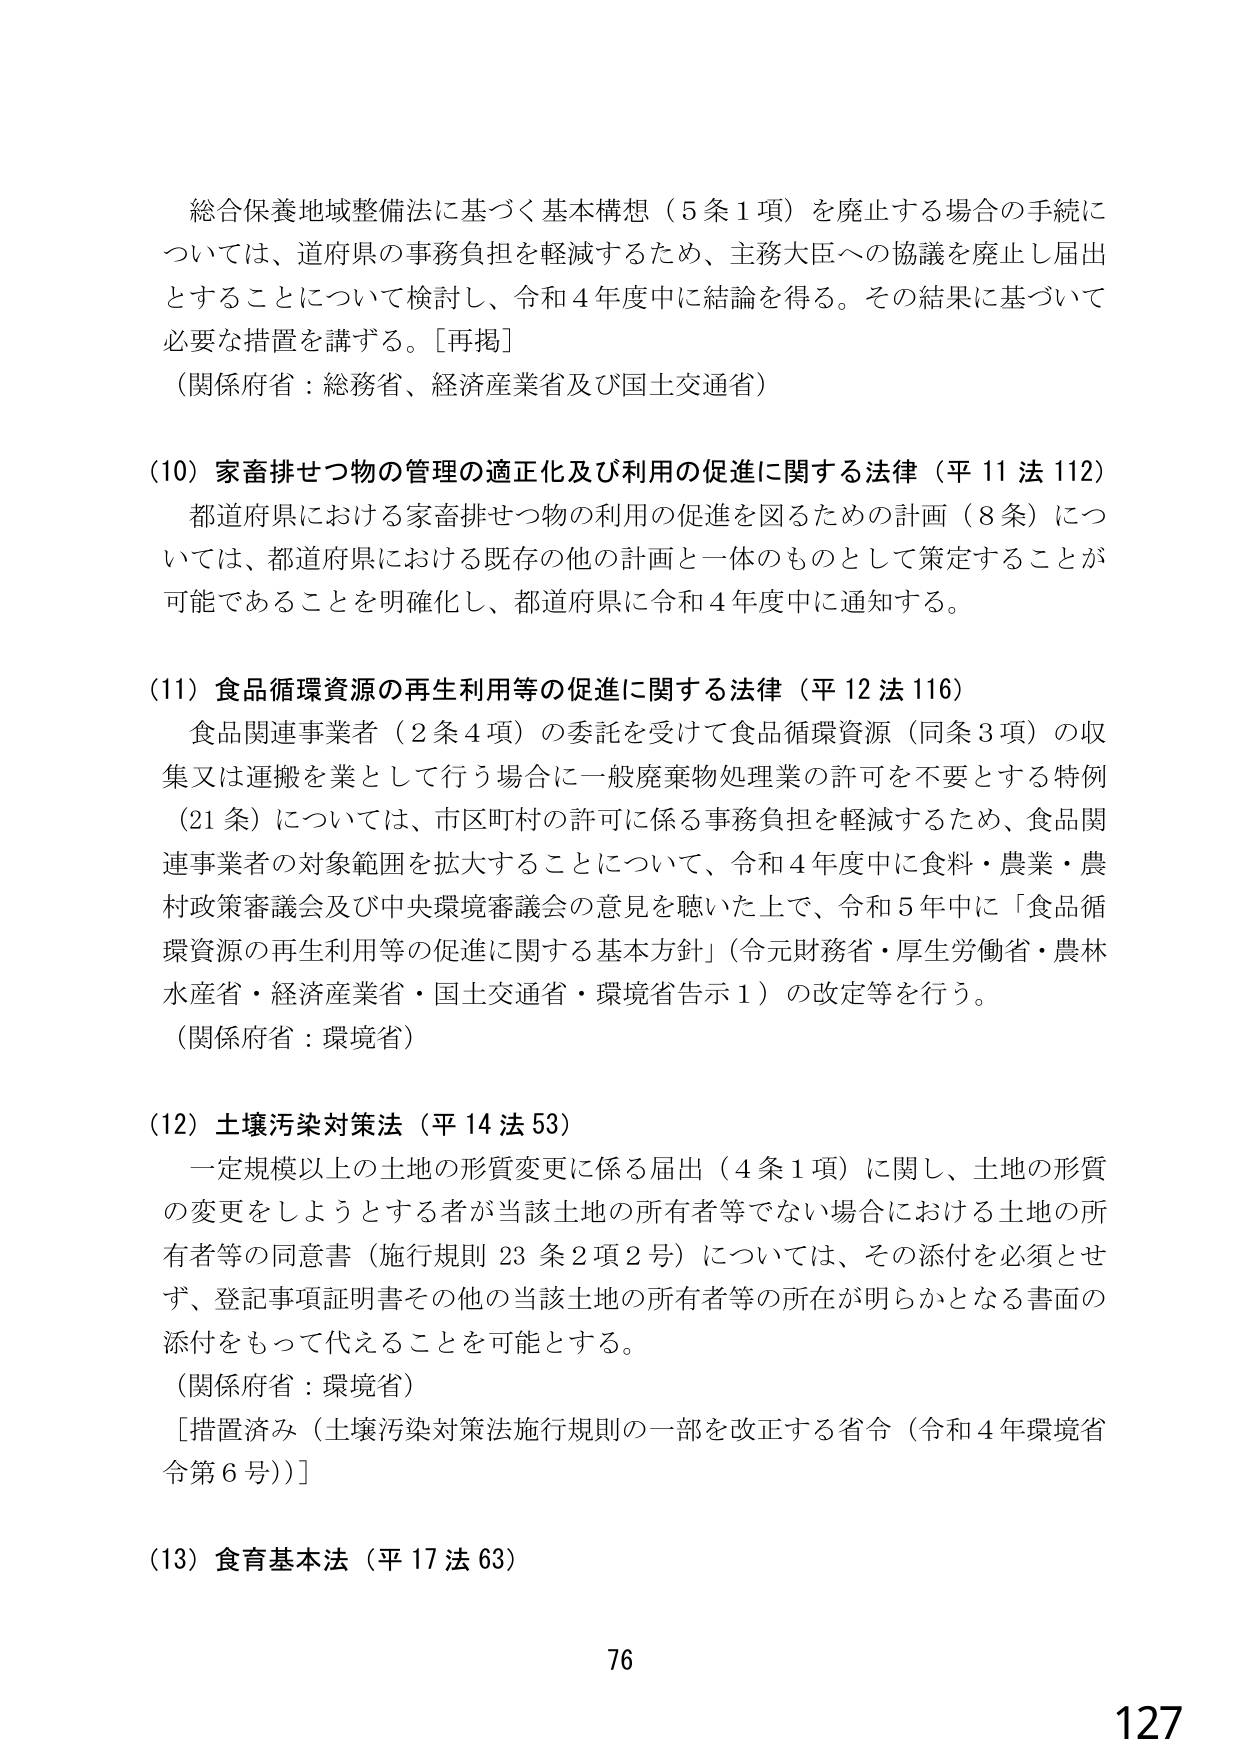
総合保養地域整備法に基づく基本構想（5条1項）を廃止する場合の手続については、道府県の事務負担を軽減するため、主務大臣への協議を廃止し届出とすることについて検討し、令和4年度中に結論を得る。その結果に基づいて必要な措置を講ずる。［再掲］
（関係府省：総務省、経済産業省及び国土交通省）

(10) 家畜排せつ物の管理の適正化及び利用の促進に関する法律（平11法112）
都道府県における家畜排せつ物の利用の促進を図るための計画（8条）については、都道府県における既存の他の計画と一体のものとして策定することが可能であることを明確化し、都道府県に令和4年度中に通知する。

(11) 食品循環資源の再生利用等の促進に関する法律（平12法116）
食品関連事業者（2条4項）の委託を受けて食品循環資源（同条3項）の収集又は運搬を業として行う場合に一般廃棄物処理業の許可を不要とする特例（21条）については、市区町村の許可に係る事務負担を軽減するため、食品関連事業者の対象範囲を拡大することについて、令和4年度中に食料・農業・農村政策審議会及び中央環境審議会の意見を聴いた上で、令和5年中に「食品循環資源の再生利用等の促進に関する基本方針」（令元財務省・厚生労働省・農林水産省・経済産業省・国土交通省・環境省告示1）の改定等を行う。
（関係府省：環境省）

(12) 土壌汚染対策法（平14法53）
一定規模以上の土地の形質変更に係る届出（4条1項）に関し、土地の形質の変更をしようとする者が当該土地の所有者等でない場合における土地の所有者等の同意書（施行規則23条2項2号）については、その添付を必須とせず、登記事項証明書その他の当該土地の所有者等の所在が明らかとなる書面の添付をもって代えることを可能とする。
（関係府省：環境省）
［措置済み（土壌汚染対策法施行規則の一部を改正する省令（令和4年環境省令第6号））］

(13) 食育基本法（平17法63）

76
127